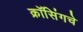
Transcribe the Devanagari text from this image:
क्रॉसिंगचे